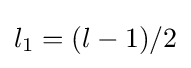
l_{1}=(l-1)/2